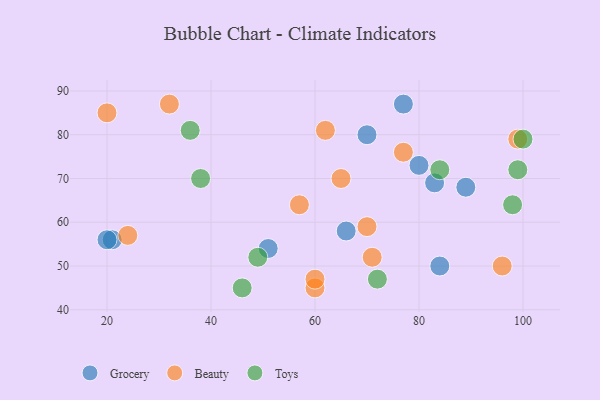
{"axis": {"x": "GDP", "y": "Life Expectancy"}, "legend": ["Beauty", "Grocery", "Toys"], "data": [{"x": "66", "y": 58, "type": "Grocery"}, {"x": "51", "y": 54, "type": "Grocery"}, {"x": "77", "y": 87, "type": "Grocery"}, {"x": "83", "y": 69, "type": "Grocery"}, {"x": "21", "y": 56, "type": "Grocery"}, {"x": "84", "y": 50, "type": "Grocery"}, {"x": "89", "y": 68, "type": "Grocery"}, {"x": "20", "y": 56, "type": "Grocery"}, {"x": "80", "y": 73, "type": "Grocery"}, {"x": "70", "y": 80, "type": "Grocery"}, {"x": "70", "y": 59, "type": "Beauty"}, {"x": "32", "y": 87, "type": "Beauty"}, {"x": "71", "y": 52, "type": "Beauty"}, {"x": "60", "y": 45, "type": "Beauty"}, {"x": "60", "y": 47, "type": "Beauty"}, {"x": "62", "y": 81, "type": "Beauty"}, {"x": "96", "y": 50, "type": "Beauty"}, {"x": "24", "y": 57, "type": "Beauty"}, {"x": "20", "y": 85, "type": "Beauty"}, {"x": "57", "y": 64, "type": "Beauty"}, {"x": "65", "y": 70, "type": "Beauty"}, {"x": "77", "y": 76, "type": "Beauty"}, {"x": "99", "y": 79, "type": "Beauty"}, {"x": "98", "y": 64, "type": "Toys"}, {"x": "84", "y": 72, "type": "Toys"}, {"x": "46", "y": 45, "type": "Toys"}, {"x": "72", "y": 47, "type": "Toys"}, {"x": "100", "y": 79, "type": "Toys"}, {"x": "99", "y": 72, "type": "Toys"}, {"x": "49", "y": 52, "type": "Toys"}, {"x": "36", "y": 81, "type": "Toys"}, {"x": "38", "y": 70, "type": "Toys"}]}